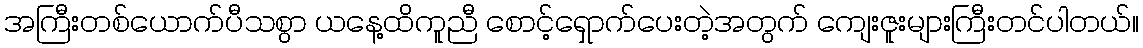
အကြီးတစ်ယောက်ပီသစွာ ယနေ့ထိကူညီ စောင့်ရှောက်ပေးတဲ့အတွက် ကျေးဇူးများကြီးတင်ပါတယ်။